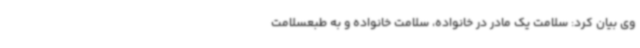
وی بیان کرد: سلامت یک مادر در خانواده، سلامت خانواده و به طبعسلامت